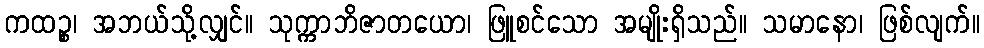
ကထဉ္စ၊ အဘယ်သို့လျှင်။ သုက္ကာဘိဇာတယော၊ ဖြူစင်သော အမျိုးရှိသည်။ သမာနော၊ ဖြစ်လျက်။